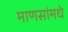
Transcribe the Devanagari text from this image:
माणसांमधे